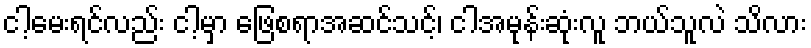
ငါ့မေးရင်လည်း ငါ့မှာ ဖြေစရာအဆင်သင့်၊ ငါအမုန်းဆုံးလူ ဘယ်သူလဲ သိလား